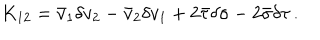
K _ { 1 2 } = \bar { v } _ { 1 } \delta v _ { 2 } - \bar { v } _ { 2 } \delta v _ { 1 } + 2 \bar { \tau } \delta \sigma - 2 \bar { \sigma } \delta \tau \, .